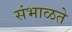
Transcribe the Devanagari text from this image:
संभाळते